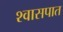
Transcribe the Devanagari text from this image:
श्वासपात